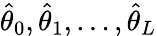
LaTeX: \hat{\theta}_{0},\hat{\theta}_{1},\ldots,\hat{\theta}_{L}